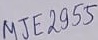
Text: MJE2955